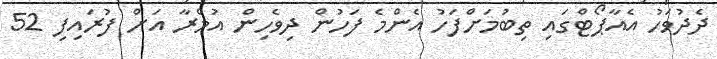
ދެދުވަހު އެއާޕޯޓްގައި ތިބުމަށްފަހު އެންމެ ފަހުން ދިވެހިން އުމްރާ އަށް ފުރައިފި 52